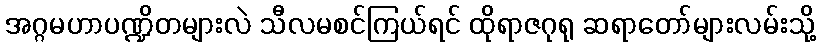
အဂ္ဂမဟာပဏ္ဍိတများလဲ သီလမစင်ကြယ်ရင် ထိုရာဇဂုရု ဆရာတော်များလမ်းသို့